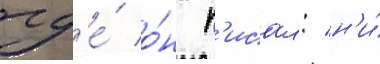
гд'е́ о́н п'исал: "н'и́